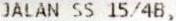
JALAN SS 15/4B,